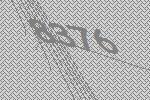
8376